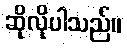
ဆိုလိုပါသည်။